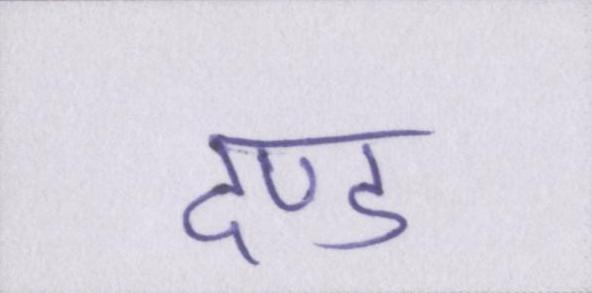
दण्ड